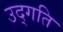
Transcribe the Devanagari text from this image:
उद्गति